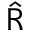
\boldsymbol { \hat { \mathrm { R } } }